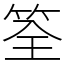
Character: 筌